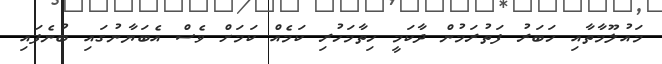
މައުލޫމާތާއި ހަބަރު ފަތުރަމުން ދާކަމީ ހިތާމަހުރި ކަމެއް ކަމަށް ވެސް އެބަޔާނުގައި ބުނެފައި